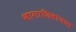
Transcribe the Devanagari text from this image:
भागाशिवायचा